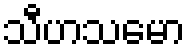
သီဟသမော